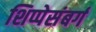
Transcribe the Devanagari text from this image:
शिप्पेसंबर्ग